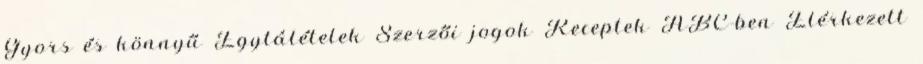
Gyors és könnyű Egytálételek Szerzői jogok Receptek ABC-ben Elérkezett